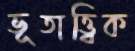
ভূতাত্ত্বিক